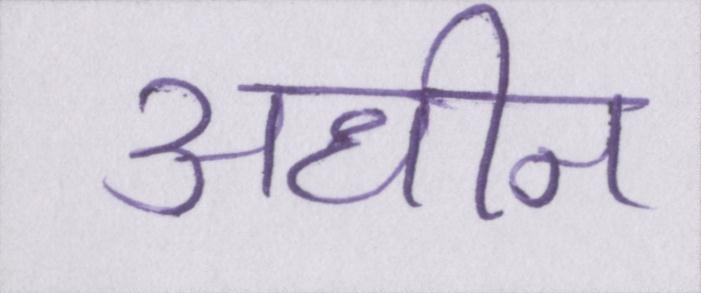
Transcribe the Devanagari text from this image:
अधीन